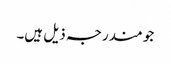
جو مندرجہ ذیل ہیں۔